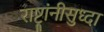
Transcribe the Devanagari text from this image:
राष्ट्रांनीसुध्दा